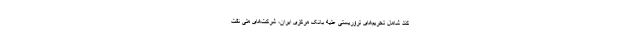
کند شامل تحریم‌های تروریستی علیه بانک مرکزی ایران، شرکت‌های ملی نفت